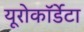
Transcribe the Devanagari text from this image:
यूरोकॉर्डेटा